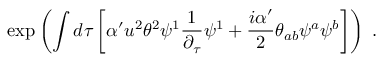
\exp \left( \int d \tau \left[ \alpha ^ { \prime } u ^ { 2 } \theta ^ { 2 } \psi ^ { 1 } \frac { 1 } { \partial _ { \tau } } \psi ^ { 1 } + \frac { i \alpha ^ { \prime } } { 2 } \theta _ { a b } \psi ^ { a } \psi ^ { b } \right] \right) \ .